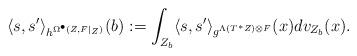
LaTeX: \begin{align*}\begin{aligned}\langle s, s'\rangle_{h^{\Omega^{\bullet}(Z,F|_{Z})}}(b):=\int_{Z_{b}}\langle s, s' \rangle_{g^{\Lambda(T^{*}Z)\otimes F}}(x)dv_{Z_{b}}(x).\end{aligned}\end{align*}